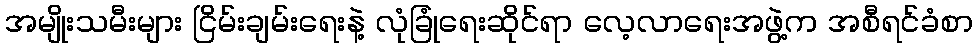
အမျိုးသမီးများ ငြိမ်းချမ်းရေးနဲ့ လုံခြုံရေးဆိုင်ရာ လေ့လာရေးအဖွဲ့က အစီရင်ခံစာ